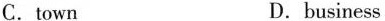
C. townD. business